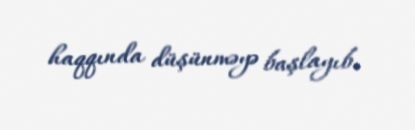
haqqında düşünməyə başlayıb.